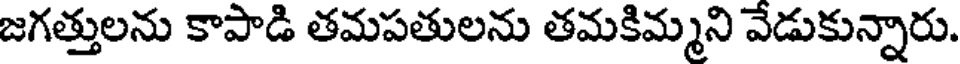
జగత్తులను కాపాడి తమపతులను తమకిమ్మని వేడుకున్నారు.